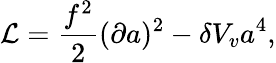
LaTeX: {\cal L}={\frac{f^{2}}{2}}(\partial a)^{2}-\delta V_{v}a^{4},